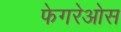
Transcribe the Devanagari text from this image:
फेगरेओस